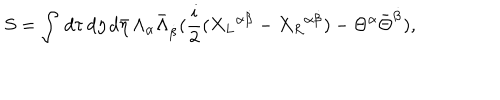
LaTeX: S = \int \, d \tau \, d \eta \, d { \bar { \eta } } \, \Lambda _ { \alpha } { \bar { \Lambda } } _ { \dot { \beta } } ( { \frac { i } { 2 } } ( { X _ { L } } ^ { \alpha \dot { \beta } } - { X _ { R } } ^ { \alpha \dot { \beta } } ) - \Theta ^ { \alpha } { \bar { \Theta } } ^ { \dot { \beta } } ) ,